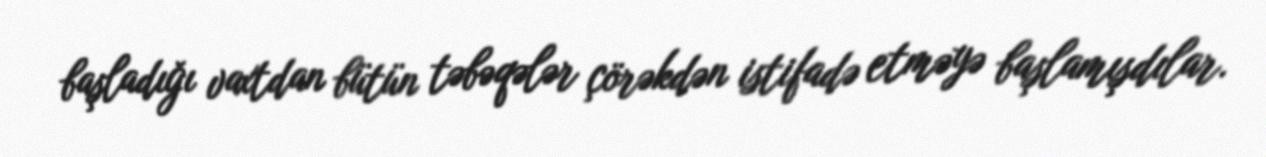
başladığı vaxtdan bütün təbəqələr çörəkdən istifadə etməyə başlamışdılar.